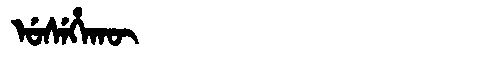
Manchu: ᡠᠰᡝᡥᠠᡴᡡ
Romanization: USEHAKŪ